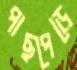
পাছপেড়ে